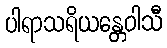
ပါရာသရိယန္တေဝါသီ